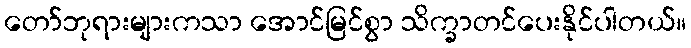
တော်ဘုရားများကသာ အောင်မြင်စွာ သိက္ခာတင်ပေးနိုင်ပါတယ်။